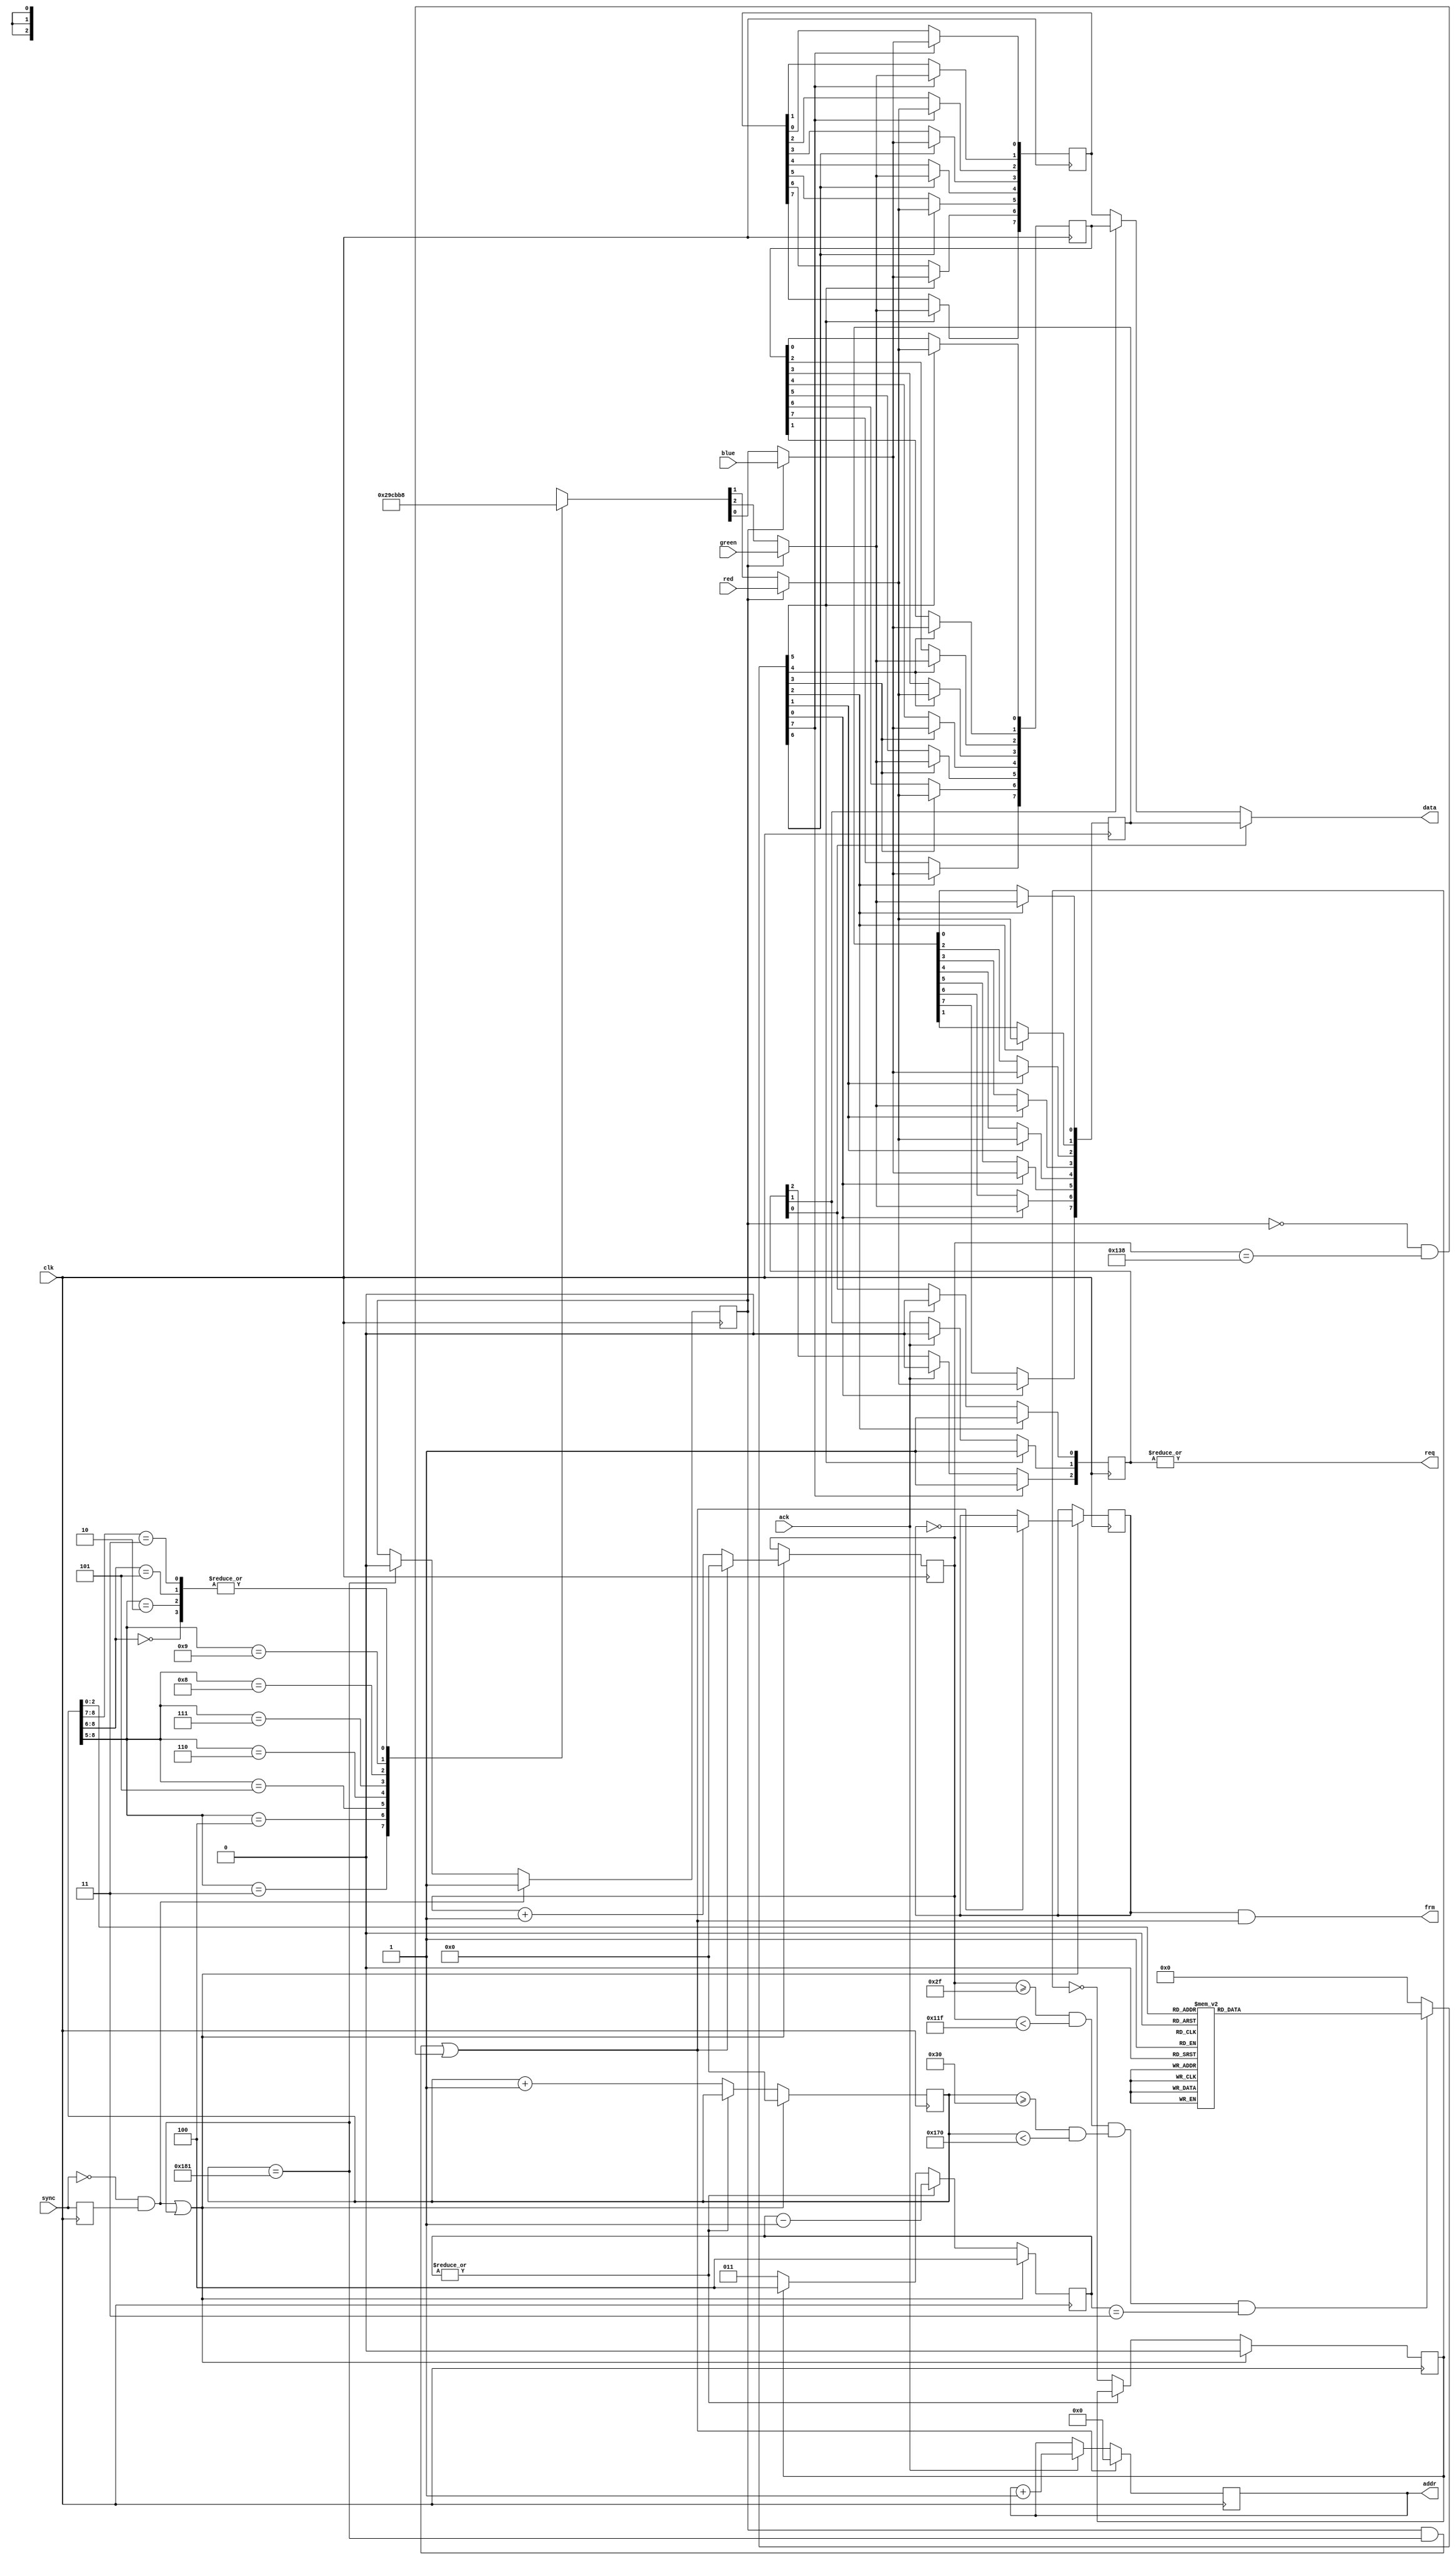
`timescale 1ns / 1ps

// rgbcapture module
//
// Samples Oric RGB video and packs pixels into bytes for writing to a frame
// buffer, every 8 pixels generate 3 bytes of data. 240 of 312.5 lines per
// field, and 320 of 384 pixels per line are sampled at 6 MHz. Synchronisation
// occurs at the start of each line, loss is detected if the 15.625 kHz nominal
// sync drops below 15.584 kHz and a colour bar test pattern is output to the
// frame buffer. A frame pulse is generated at half the 50 Hz nominal input
// field rate, or at 24.831 Hz on sync loss.

module rgbcapture(
    input clk,
    input red,
    input green,
    input blue,
    input sync,
    input ack,
    output req,
    output [14:0] addr,
    output [7:0] data,
    output frm
  );

localparam LINE_START = 47;
localparam PIX_START = 48;
localparam PIX_PHASE = 3;

reg sync_z1 = 1'b0;
reg sync_ok = 1'b0;
reg field = 1'b0;
reg divsel = 1'b0;
reg [2:0] clk_ctr = 3'd0;
reg [8:0] pix_ctr = 9'd0;
reg [8:0] line_ctr = 9'd0;
reg [2:0] pix_rdy = 3'b000;
reg [7:0] pix_buff [0:2];
reg [7:0] pix_we;
reg [14:0] addr_ctr = 15'd0;
reg [2:0] tpg;

wire [2:0] clk_div = divsel ? 3'd4 : 3'd3;    // 27 MHz / 4.5 = 6 MHz.

wire sync_fe = ~sync && sync_z1;
wire sync_to = (pix_ctr == 384 + 1);
wire h_sync = sync_fe || sync_to;
wire v_sync = sync_ok && sync_to || ~sync_ok && (line_ctr == 312);

wire v_actv = (line_ctr >= LINE_START && line_ctr < LINE_START + 240);
wire h_actv = (pix_ctr >= PIX_START && pix_ctr < PIX_START + 320);
wire p_samp = (clk_ctr == PIX_PHASE);

wire red_pix = sync_ok ? red : tpg[1];
wire green_pix = sync_ok ? green : tpg[2];
wire blue_pix = sync_ok ? blue : tpg[0];

assign addr = addr_ctr;
assign req = |pix_rdy;
assign data = pix_rdy[0] ? pix_buff[0] : pix_rdy[1] ? pix_buff[1] : pix_buff[2];
assign frm = field && v_sync;

  always @(posedge clk)
  begin
    // Synchronisation state.
    sync_z1 <= sync;
    if (sync_fe)
      sync_ok <= 1'b1;
    else if (sync_to)
      sync_ok <= 1'b0;

    // Fractional pixel clock divider.
    if (h_sync)
      begin
        clk_ctr <= 3'd4;
        divsel <= 1'b0;
      end
    else if (~|clk_ctr)
      begin
        clk_ctr <= clk_div;
        divsel <= ~divsel;
      end
    else
      clk_ctr <= clk_ctr - 1'b1;

    // Pixel and line counters.
    if (h_sync)
      begin
        pix_ctr <= 9'd0;
        if (v_sync)
          begin
            line_ctr <= 9'd0;
            field <= ~field;
          end
        else
          line_ctr <= line_ctr + 1'b1;
      end
    else if (~|clk_ctr)
      pix_ctr <= pix_ctr + 1'b1;

    // Pixel buffers, 8 pixels into 3 bytes.
    if (pix_we[0])
      begin
        pix_buff[0][7] <= red_pix;
        pix_buff[0][6] <= green_pix;
        pix_buff[0][5] <= blue_pix;
      end
    if (pix_we[1])
      begin
        pix_buff[0][4] <= red_pix;
        pix_buff[0][3] <= green_pix;
        pix_buff[0][2] <= blue_pix;
      end
    if (pix_we[2])
      begin
        pix_buff[0][1] <= red_pix;
        pix_buff[0][0] <= green_pix;
        pix_buff[1][7] <= blue_pix;
      end
    if (pix_we[3])
      begin
        pix_buff[1][6] <= red_pix;
        pix_buff[1][5] <= green_pix;
        pix_buff[1][4] <= blue_pix;
      end
    if (pix_we[4])
      begin
        pix_buff[1][3] <= red_pix;
        pix_buff[1][2] <= green_pix;
        pix_buff[1][1] <= blue_pix;
      end
    if (pix_we[5])
      begin
        pix_buff[1][0] <= red_pix;
        pix_buff[2][7] <= green_pix;
        pix_buff[2][6] <= blue_pix;
      end
    if (pix_we[6])
      begin
        pix_buff[2][5] <= red_pix;
        pix_buff[2][4] <= green_pix;
        pix_buff[2][3] <= blue_pix;
      end
    if (pix_we[7])
      begin
        pix_buff[2][2] <= red_pix;
        pix_buff[2][1] <= green_pix;
        pix_buff[2][0] <= blue_pix;
      end

    // Byte ready flags.
    if (pix_we[2])
      pix_rdy[0] <= 1'b1;
    else if (ack)
      pix_rdy[0] <= 1'b0;

    if (pix_we[5])
      pix_rdy[1] <= 1'b1;
    else if (ack)
      pix_rdy[1] <= 1'b0;

    if (pix_we[7])
      pix_rdy[2] <= 1'b1;
    else if (ack)
      pix_rdy[2] <= 1'b0;

    // Address counter.
    if (v_sync)
       addr_ctr <= 15'd0;
    else if (ack)
       addr_ctr <= addr_ctr + 1'b1;
  end

  always @(*)
    // Pixel buffer write enable decoder.
    if (v_actv && h_actv && p_samp)
      case (pix_ctr[2:0])
        3'd0: pix_we = 8'b00000001;
        3'd1: pix_we = 8'b00000010;
        3'd2: pix_we = 8'b00000100;
        3'd3: pix_we = 8'b00001000;
        3'd4: pix_we = 8'b00010000;
        3'd5: pix_we = 8'b00100000;
        3'd6: pix_we = 8'b01000000;
        3'd7: pix_we = 8'b10000000;
      endcase
    else
      pix_we = 8'b00000000;

  always @(*)
    // Test pattern generator.
    casez (pix_ctr[8:5])
      4'b000?: tpg = 3'b000;
      4'b0010: tpg = 3'b000;
      4'b0011: tpg = 3'b001;
      4'b0100: tpg = 3'b010;
      4'b0101: tpg = 3'b011;
      4'b0110: tpg = 3'b100;
      4'b0111: tpg = 3'b101;
      4'b1000: tpg = 3'b110;
      4'b1001: tpg = 3'b111;
      4'b101?: tpg = 3'b000;
      4'b11??: tpg = 3'b000;
    endcase

endmodule